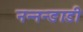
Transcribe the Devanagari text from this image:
नन्नन्ङाडी